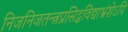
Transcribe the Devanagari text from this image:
निजनिजतन्त्रप्रसिद्धविद्याभ्रंशेऽपि